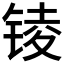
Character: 𨱋